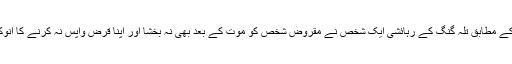
میڈیا رپورٹ کے مطابق تلہ گنگ کے رہائشی ایک شخص نے مقروض شخص کو موت کے بعد بھی نہ بخشا اور اپنا قرض واپس نہ کرنے کا انوکھا بدلہ لے لیا۔